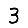
Digit: 3